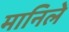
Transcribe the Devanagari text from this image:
मानिले